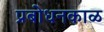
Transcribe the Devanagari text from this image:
प्रबोधनकाळ